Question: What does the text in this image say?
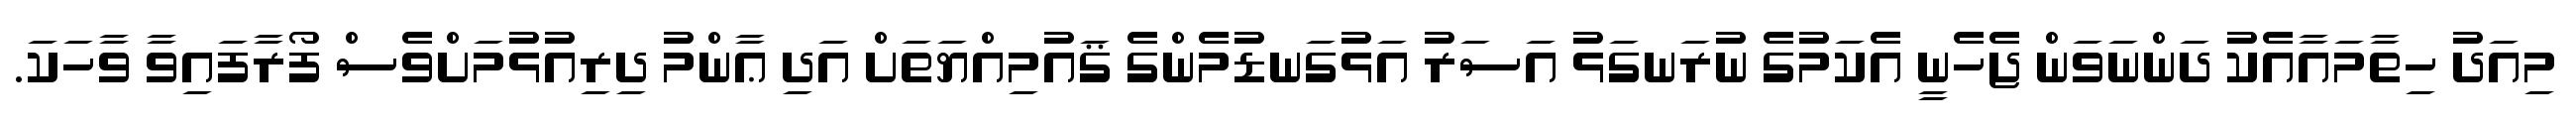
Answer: މިއަދު ހިތާމައާއެކު ދަންނަވަން ޖެހެނީ އެކަމުގެ ނުރަނގަޅު އަސަރު އަޅުގަނޑުމެންގެ ޤައުމިއްޔަތަށް އަދި ޢާންމު ދިރިއުޅުމަށްވެސް ފޯރާފައިވާ ވާހަކަ.